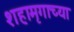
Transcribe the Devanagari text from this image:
शहामृगाच्या